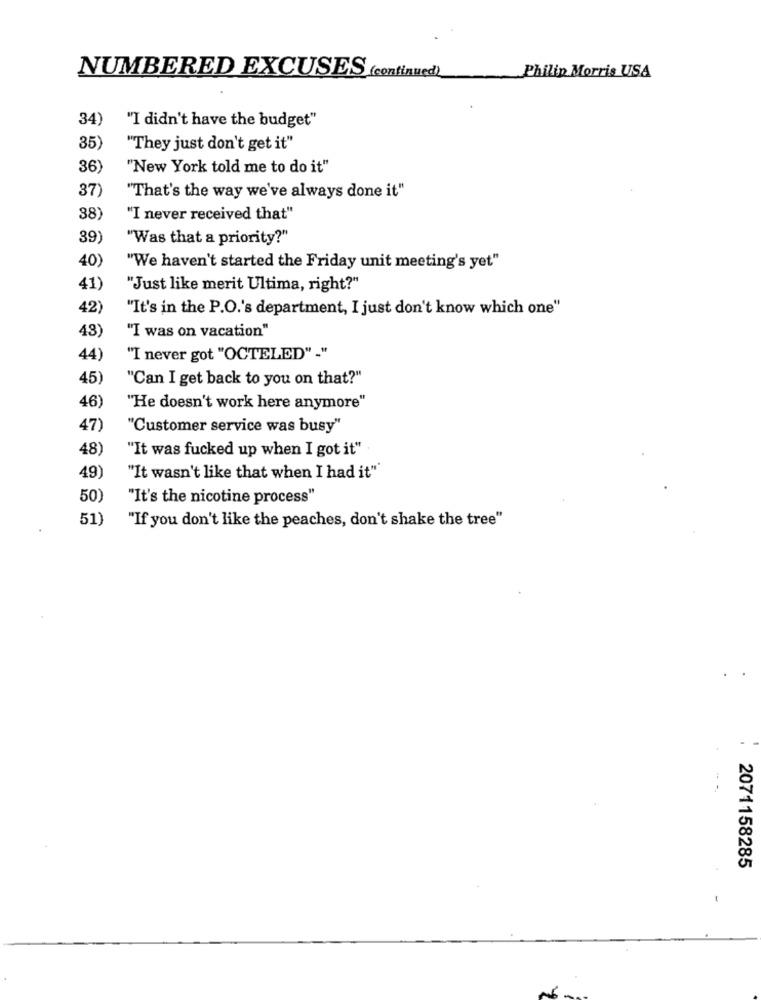
NUMBERED EXCUSES (continued)
Philip Morris USA
34)
"I didn't have the budget"
35
"They just don't get it"
36)
"New York told me to do it"
37
"That's the way we've always done it"
38)
"I never received that"
39)
"Was that a priority?"
40)
"We haven't started the Friday unit meeting's yet"
41)
"Just like merit Ultima, right?"
42)
"It's in the P.O.'s department, I just don't know which one"
43)
"I was on vacation"
44)
"I never got "OCTELED" -"
45)
"Can I get back to you on that?"
46)
"He doesn't work here anymore"
47)
"Customer service was busy"
48)
"It was fucked up when I got it"
49)
"It wasn't like that when I had it"
50)
"It's the nicotine process"
51)
"If you don't like the peaches, don't shake the tree"
2071158285